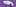
و